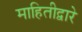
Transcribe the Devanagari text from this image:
माहितीद्वारे